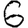
Digit: 6